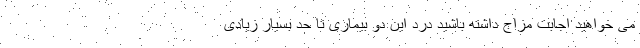
می خواهید اجابت مزاج داشته باشید درد این دو بیماری تا حد بسیار زیادی